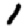
Digit: 1